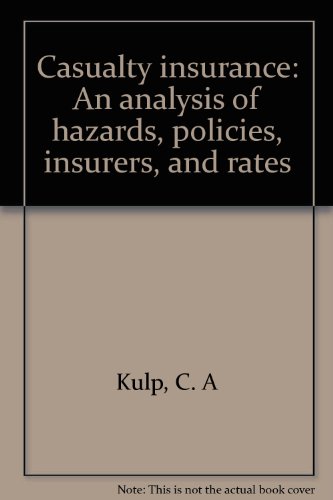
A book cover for Casualty insurance: An analysis of hazards, policies, insurers, and rates; C. A Kulp; Business & Money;